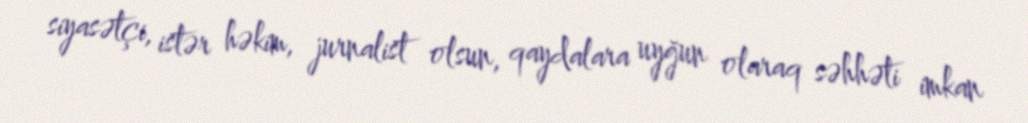
siyasətçi, istər həkim, jurnalist olsun, qaydalara uyğun olaraq səhhəti imkan